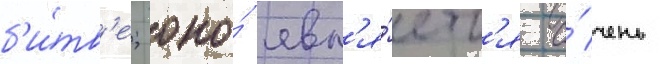
б'и́тв'е; оно́ явл'я́етс'я о́чень